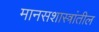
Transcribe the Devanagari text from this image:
मानसशास्त्रांतील